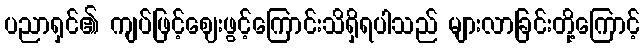
ပညာရှင်၏ ကျပ်ဖြင့်ဈေးဖွင့်ကြောင်းသိရှိရပါသည် များလာခြင်းတို့ကြောင့်